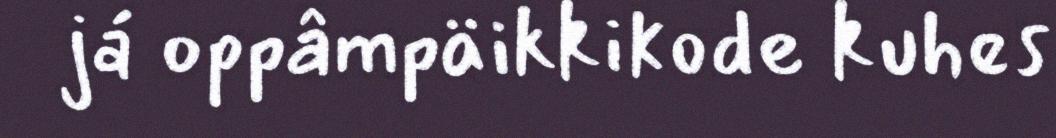
já oppâmpäikkikode kuhes